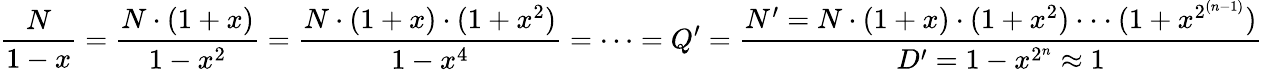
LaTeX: {\frac{N}{1-x}}={\frac{N\cdot(1+x)}{1-x^{2}}}={\frac{N\cdot(1+x)\cdot(1+x^{2})}{1-x^{4}}}=\cdots=Q^{\prime}={\frac{N^{\prime}=N\cdot(1+x)\cdot(1+x^{2})\cdot\cdot\cdot(1+x^{2^{(n-1)}})}{D^{\prime}=1-x^{2^{n}}\approx 1}}